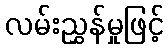
လမ်းညွှန်မှုဖြင့်